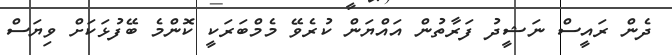
ދެން ރައީސް ނަޝީދު ފަރާތުން އައްޔަން ކުރެވޭ މެމްބަރަކީ ކޮންމެ ބޭފުޅަކަށް ވިޔަސް